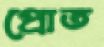
প্রোত